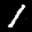
Label: 1